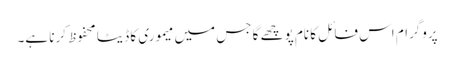
پروگرام اس فائل کا نام پوچھے گا جس میں میموری کا ڈیٹا محفوظ کرنا ہے۔